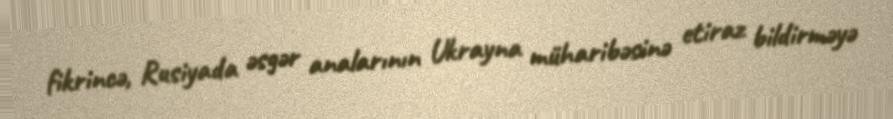
fikrincə, Rusiyada əsgər analarının Ukrayna müharibəsinə etiraz bildirməyə